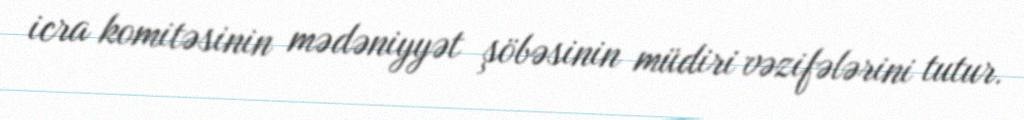
icra komitəsinin mədəniyyət şöbəsinin müdiri vəzifələrini tutur.